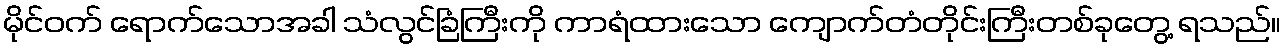
မိုင်ဝက် ရောက်သောအခါ သံလွင်ခြံကြီးကို ကာရံထားသော ကျောက်တံတိုင်းကြီးတစ်ခုတွေ့ ရသည်။